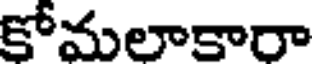
కోమలాకారా